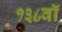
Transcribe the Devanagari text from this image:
१३८वॉ